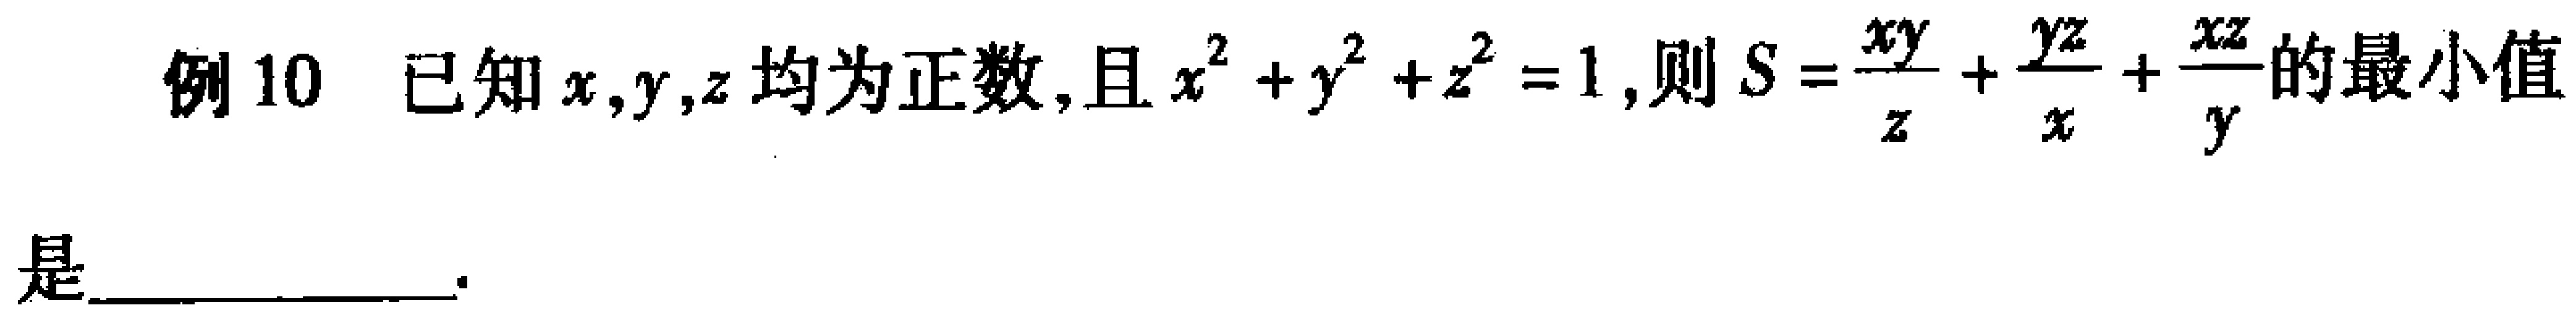
例10 已知$x,y,z$均为正数, 且$x^{2}+y^{2}+z^{2}=1$, 则$S = \frac{xy}{z}+\frac{yz}{x}+\frac{xz}{y}$的最小值是  。